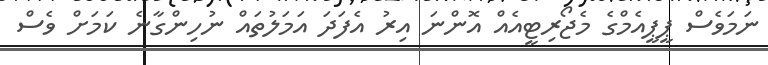
ނަމަވެސް ޕީޕީއެމްގެ މެޖޯރިޓީއެއް އޮންނަ އިރު އެފަދަ އަމަލުތައް ނުހިންގާނެ ކަމަށް ވެސް